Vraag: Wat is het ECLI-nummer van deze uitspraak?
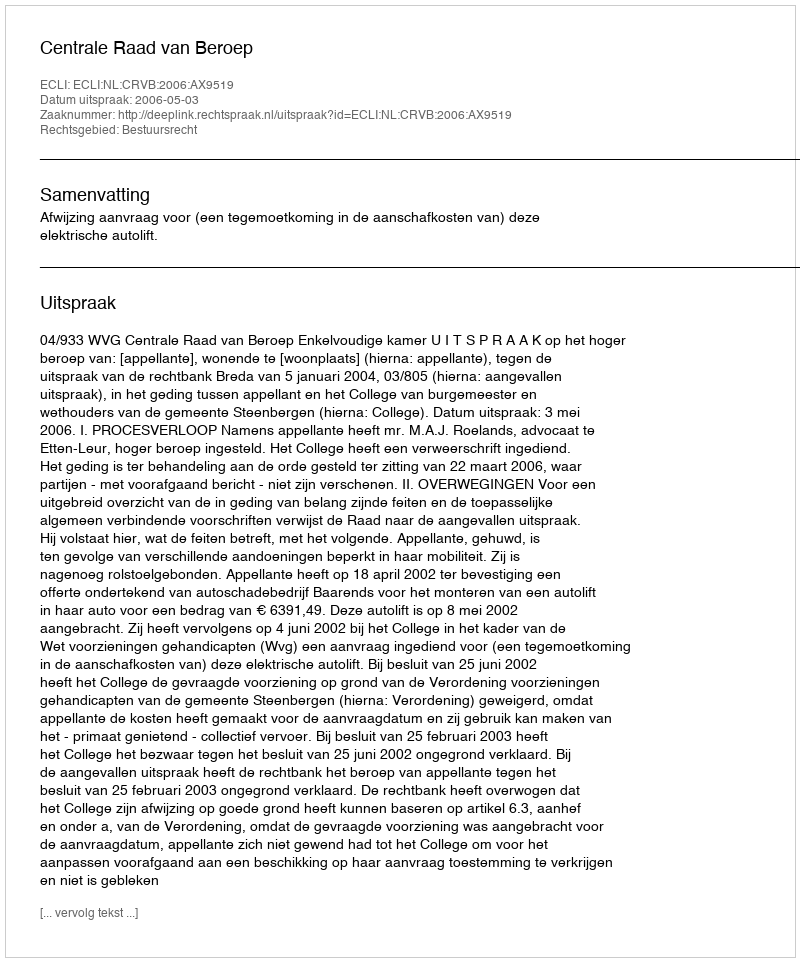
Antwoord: ECLI:NL:CRVB:2006:AX9519